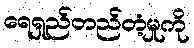
ရေရှည်တည်တံ့မှုကို